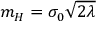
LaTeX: m _ { H } = \sigma _ { 0 } { \sqrt { 2 \lambda } }